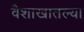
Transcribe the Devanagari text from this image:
वैशाखातल्या